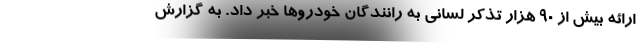
ارائه بیش از ۹۰ هزار تذکر لسانی به رانندگان خودروها خبر داد. به گزارش